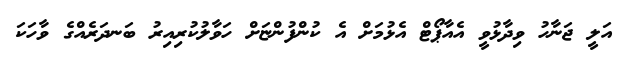
އަލީ ޖަނާހު ވިދާޅުވީ އެއާޕޯޓް އެޅުމަށް އެ ކުންފުންޏަށް ހަވާލުކުރިއިރު ބަނދަރެއްގެ ވާހަކަ